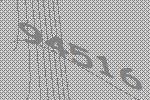
94516